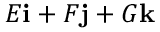
E \mathbf { i } + F \mathbf { j } + G \mathbf { k }